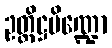
ဥတ္တိဋ္ဌပိဏ္ဍော